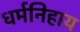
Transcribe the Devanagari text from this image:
धर्मनिहाय